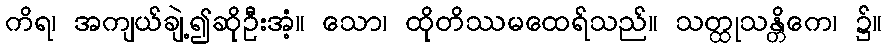
ကိရ၊ အကျယ်ချဲ့၍ဆိုဦးအံ့။ သော၊ ထိုတိဿမထေရ်သည်။ သတ္ထုသန္တိကေ၊ ၌။